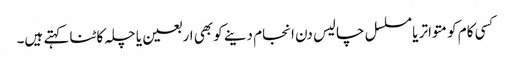
کسی کام کو متواتر یا مسلسل چالیس دن انجام دینے کو بھی اربعین یا چلہ کاٹنا کہتے ہیں۔